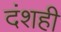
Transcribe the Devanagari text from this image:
दंशही